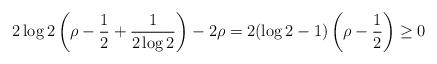
LaTeX: \begin{align*}2\log 2\left(\rho-\frac{1}{2}+\frac{1}{2\log 2}\right)-2\rho=2(\log 2-1)\left(\rho-\frac{1}{2}\right)\ge 0\end{align*}